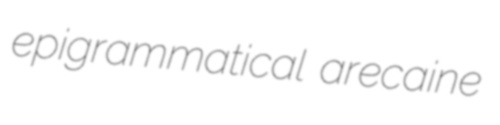
epigrammatical arecaine